Annual report on the Civil Veterinary Department, Burma (including the Insein Veterinary School) - 1932-1941
Year: 1932
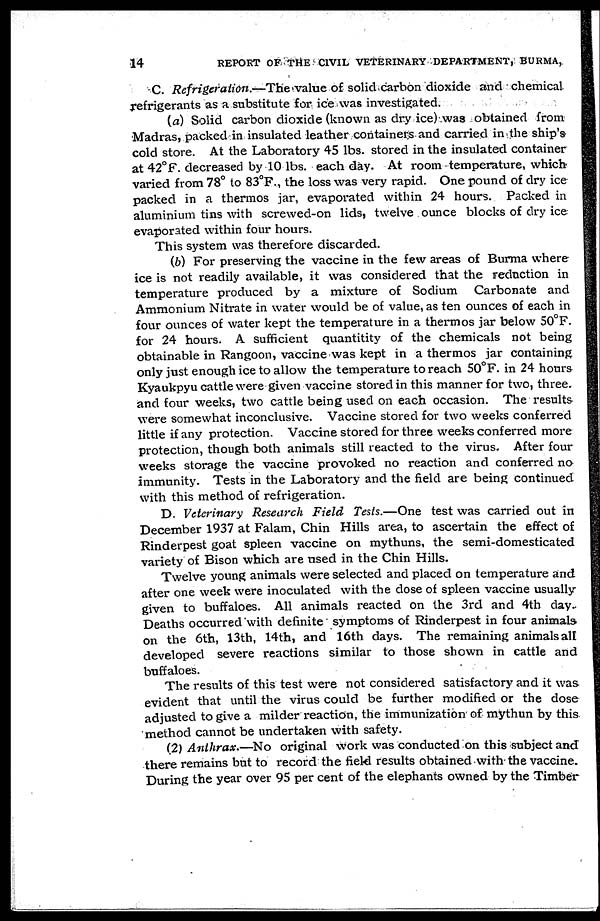
14
REPORT OF THE CIVIL VETERINARY DEPARTMENT, BURMA,
C. Refrigeration.—The value of solid carbon dioxide and chemical
refrigerants as a substitute for ice was investigated.
(a) Solid carbon dioxide (known as dry ice) was obtained from
Madras, packed in insulated leather containers and carried in the ship's
cold store. At the Laboratory 45 lbs. stored in the insulated container
at 42°F. decreased by 10 lbs. each day. At room temperature, which
varied from 78° to 83°F., the loss was very rapid. One pound of dry ice
packed in a thermos jar, evaporated within 24 hours. Packed in
aluminium tins with screwed-on lids, twelve ounce blocks of dry ice
evaporated within four hours.
This system was therefore discarded.
(6) For preserving the vaccine in the few areas of Burma where
ice is not readily available, it was considered that the reduction in
temperature produced by a mixture of Sodium Carbonate and
Ammonium Nitrate in water would be of value, as ten ounces of each in
four ounces of water kept the temperature in a thermos jar below 50°F.
for 24 hours. A sufficient quantitity of the chemicals not being
obtainable in Rangoon, vaccine was kept in a thermos jar containing
only just enough ice to allow the temperature to reach 50°F. in 24 hours
Kyaukpyu cattle were given vaccine stored in this manner for two, three,
and four weeks, two cattle being used on each occasion. The results
were somewhat inconclusive. Vaccine stored for two weeks conferred
little if any protection. Vaccine stored for three weeks conferred more
protection, though both animals still reacted to the virus. After four
weeks storage the vaccine provoked no reaction and conferred no
immunity. Tests in the Laboratory and the field are being continued
with this method of refrigeration.
D. Veterinary Research Field Tests.—One test was carried out in
December 1937 at Falam, Chin Hills area, to ascertain the effect of
Rinderpest goat spleen vaccine on mythuns, the semi-domesticated
variety of Bison which are used in the Chin Hills.
Twelve young animals were selected and placed on temperature and
after one week were inoculated with the dose of spleen vaccine usually
given to buffaloes. All animals reacted on the 3rd and 4th day.
Deaths occurred with definite symptoms of Rinderpest in four animals
on the 6th, 13th, 14th, and 16th days. The remaining animals all
developed severe reactions similar to those shown in cattle and
buffaloes.
The results of this test were not considered satisfactory and it was
evident that until the virus could be further modified or the dose
adjusted to give a milder reaction, the immunization of mythun by this
method cannot be undertaken with safety.
(2) Anthrax.—No original work was conducted on this subject and
there remains but to record the field results obtained with the vaccine.
During the year over 95 per cent of the elephants owned by the Timber